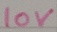
Text: 10V